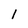
Character: 1